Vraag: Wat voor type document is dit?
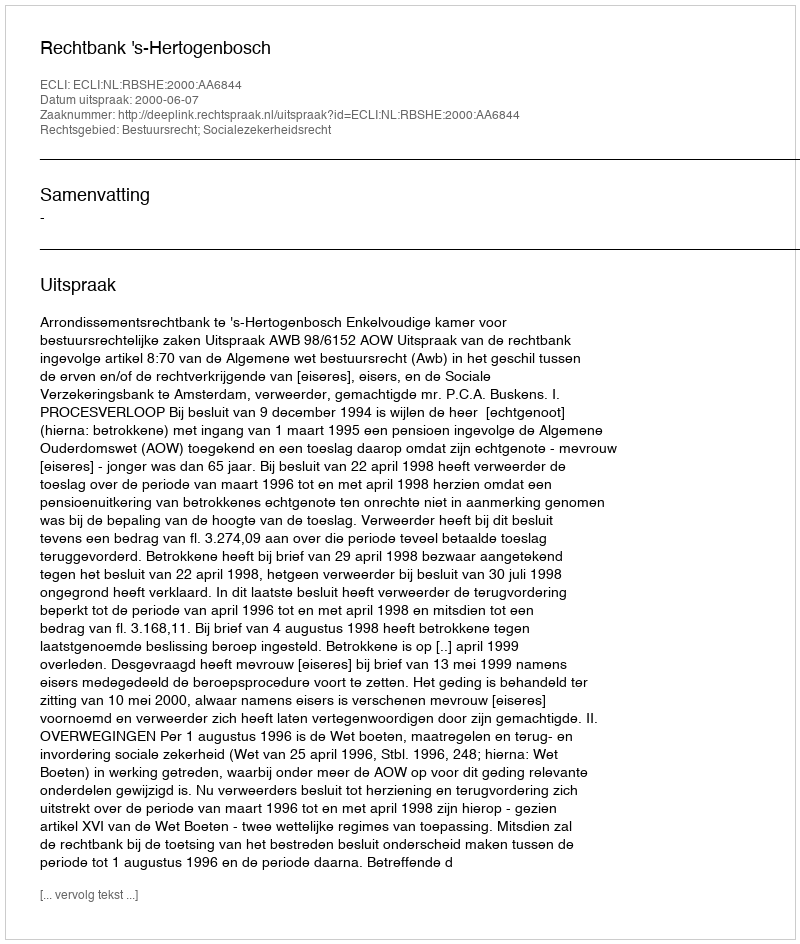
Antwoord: Uitspraak